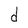
Character: d